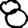
Digit: 8